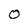
Character: O